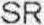
SR